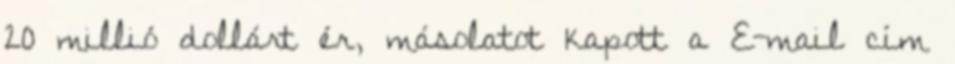
20 millió dollárt ér, másolatot kapott a E-mail cím